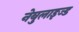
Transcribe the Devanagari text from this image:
नेबुलाइज्ड